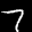
Label: 7